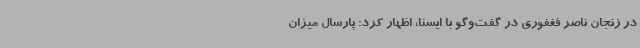
در زنجان ناصر فغفوری در گفت‌وگو با ایسنا، اظهار کرد: پارسال میزان